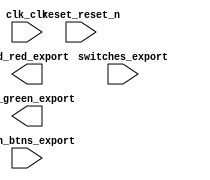

module nios_cpu (
	clk_clk,
	led_green_export,
	led_red_export,
	reset_reset_n,
	switches_export,
	push_btns_export);	

	input		clk_clk;
	output	[7:0]	led_green_export;
	output	[17:0]	led_red_export;
	input		reset_reset_n;
	input	[17:0]	switches_export;
	input	[3:0]	push_btns_export;
endmodule